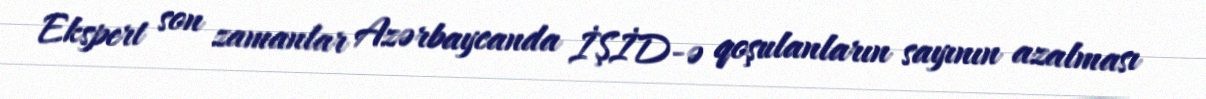
Ekspert son zamanlar Azərbaycanda İŞİD-ə qoşulanların sayının azalması